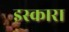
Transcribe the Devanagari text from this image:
इस्कारा